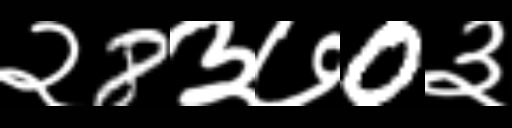
Text: २8३७0३